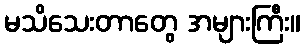
မသိသေးတာတွေ အများကြီး။